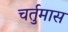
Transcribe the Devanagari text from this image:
चर्तुमास